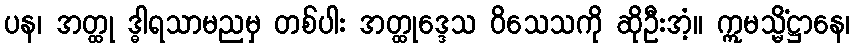
ပန၊ အတ္ထု ဒ္ဓါရသာမညမှ တစ်ပါး အတ္ထုဒ္ဒေသ ဝိသေသကို ဆိုဦးအံ့။ ဣမသ္မိံဋ္ဌာနေ၊